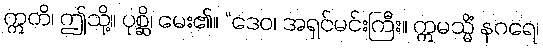
ဣတိ၊ ဤသို့။ ပုစ္ဆိ၊ မေး၏။ “ဒေဝ၊ အရှင်မင်းကြီး။ ဣမသ္မိံ နဂရေ၊